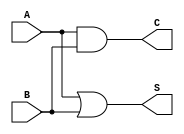
module threshold_half_adder (
    input wire A,       // First input bit
    input wire B,       // Second input bit
    output wire S,      // Sum output
    output wire C       // Carry output
);

// Sum calculation: S = 1 if (A + B) >= 1
assign S = (A | B); // S is 1 if at least one of A or B is 1

// Carry calculation: C = 1 if (A AND B) is true
assign C = A & B;   // C is 1 only if both A and B are 1

endmodule